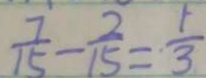
\frac { 7 } { 1 5 } - \frac { 2 } { 1 5 } = \frac { 1 } { 3 }